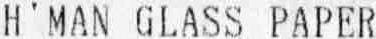
H'MAN GLASS PAPER